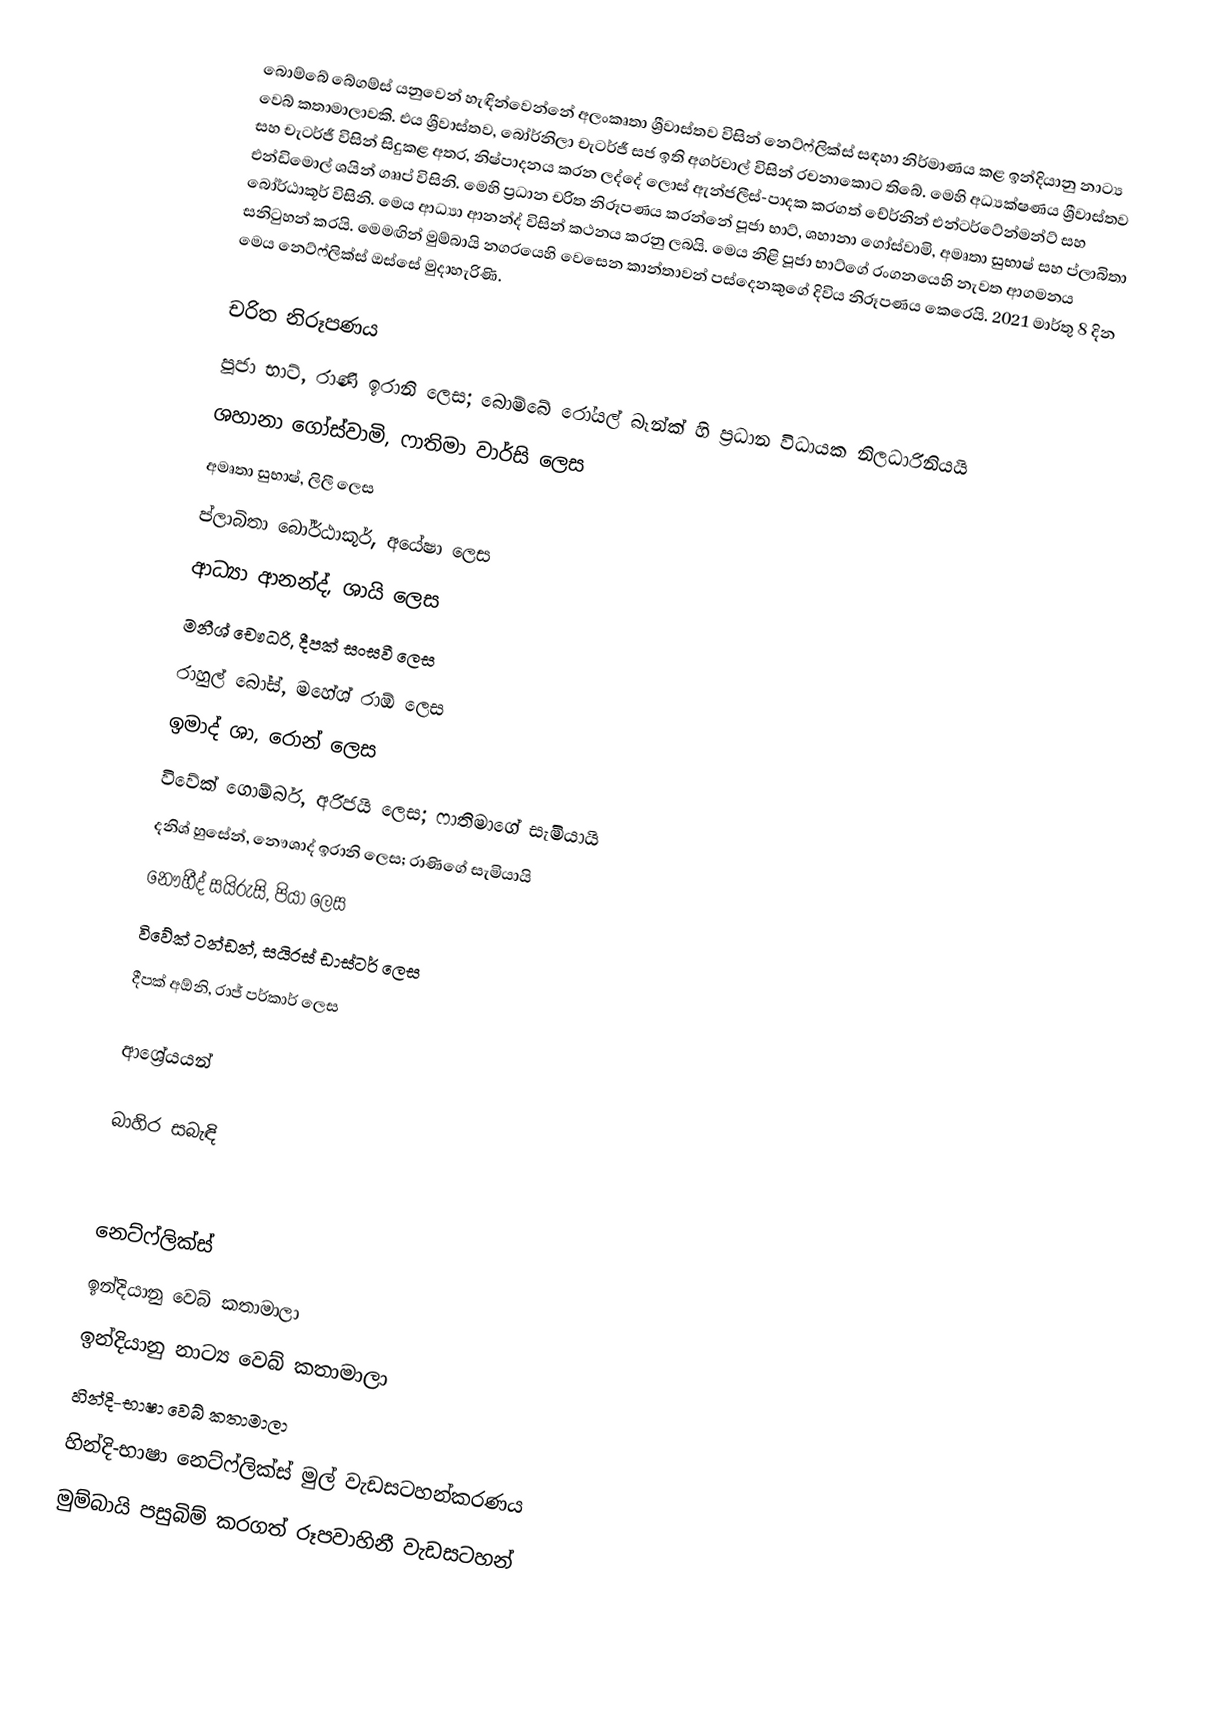
බොම්බේ බේගම්ස් යනුවෙන් හැඳින්වෙන්නේ අලංකෘතා ශ්‍රීවාස්තව විසින් නෙට්ෆ්ලික්ස් සඳහා නිර්මාණය කළ ඉන්දියානු නාට්‍ය වෙබ් කතාමාලාවකි. එය ශ්‍රීවාස්තව, බෝර්නිලා චැටර්ජී සජ ඉති අගර්වාල් විසින් රචනාකොට තිබේ. මෙහි අධ්‍යක්ෂණය ශ්‍රීවාස්තව සහ චැටර්ජී විසින් සිදුකළ අතර, නිෂ්පාදනය කරන ලද්දේ ලොස් ඇන්ජලීස්-පාදක කරගත් චේර්නින් එන්ටර්ටේන්මන්ට් සහ එන්ඩිමොල් ශයින් ගෲප් විසිනි. මෙහි ප්‍රධාන චරිත නිරූපණය කරන්නේ පූජා භාට්, ශහානා ගෝස්වාමි, අමෘතා සුභාෂ් සහ ප්ලාබිතා බෝර්ඨාකූර් විසිනි. මෙය ආධ්‍යා ආනන්ද් විසින් කථනය කරනු ලබයි. මෙය නිළි පූජා භාට්ගේ රංගනයෙහි නැවත ආගමනය සනිටුහන් කරයි. මෙමඟින් මුම්බායි නගරයෙහි වෙසෙන කාන්තාවන් පස්දෙනකුගේ දිවිය නිරූපණය කෙරෙයි. 2021 මාර්තු 8 දින මෙය නෙට්ෆ්ලික්ස් ඔස්සේ මුදාහැරිණි.

චරිත නිරූපණය
 පූජා භාට්, රාණි ඉරානි ලෙස; බොම්බේ රෝයල් බෑන්ක් හි ප්‍රධාන විධායක නිලධාරිනියයි
 ශහානා ගෝස්වාමි, ෆාතිමා වාර්සි ලෙස
 අමෘතා සුභාෂ්, ලිලී ලෙස
 ප්ලාබිතා බෝර්ඨාකූර්, අයේෂා ලෙස
 ආධ්‍යා ආනන්ද්, ශායි ලෙස
 මනීශ් චෞධරි, දීපක් සංඝවී ලෙස
 රාහුල් බෝස්, මහේශ් රාඕ ලෙස
 ඉමාද් ශා, රොන් ලෙස
 විවේක් ගොම්බර්, අරිජයි ලෙස; ෆාතිමාගේ සැමියායි
 දනිශ් හුසේන්, නෞශාද් ඉරානි ලෙස; රාණිගේ සැමියායි
 නෞහීද් සයිරුසි, පියා ලෙස
 විවේක් ටන්ඩන්, සයිරස් ඩාස්ටර් ලෙස
 දීපක් අඕනි, රාජ් පර්කාර් ලෙස

ආශ්‍රේයයන්

බාහිර සබැඳි

නෙට්ෆ්ලික්ස්
ඉන්දියානු වෙබ් කතාමාලා
ඉන්දියානු නාට්‍ය වෙබ් කතාමාලා
හින්දි-භාෂා වෙබ් කතාමාලා
හින්දි-භාෂා නෙට්ෆ්ලික්ස් මුල් වැඩසටහන්කරණය
මුම්බායි පසුබිම් කරගත් රූපවාහිනී වැඩසටහන්